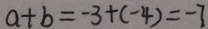
a + b = - 3 + ( - 4 ) = - 7